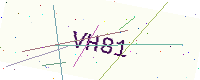
Text: VH81